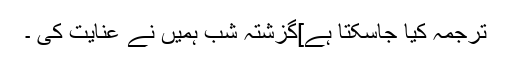
ترجمہ کیا جاسکتا ہے]گزشتہ شب ہمیں نے عنایت کی ۔